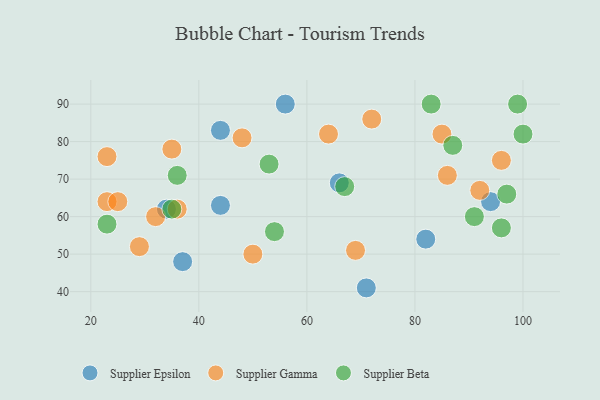
{"axis": {"x": "GDP", "y": "Life Expectancy"}, "legend": ["Supplier Beta", "Supplier Epsilon", "Supplier Gamma"], "data": [{"x": "44", "y": 63, "type": "Supplier Epsilon"}, {"x": "82", "y": 54, "type": "Supplier Epsilon"}, {"x": "37", "y": 48, "type": "Supplier Epsilon"}, {"x": "66", "y": 69, "type": "Supplier Epsilon"}, {"x": "94", "y": 64, "type": "Supplier Epsilon"}, {"x": "34", "y": 62, "type": "Supplier Epsilon"}, {"x": "44", "y": 83, "type": "Supplier Epsilon"}, {"x": "71", "y": 41, "type": "Supplier Epsilon"}, {"x": "56", "y": 90, "type": "Supplier Epsilon"}, {"x": "50", "y": 50, "type": "Supplier Gamma"}, {"x": "29", "y": 52, "type": "Supplier Gamma"}, {"x": "69", "y": 51, "type": "Supplier Gamma"}, {"x": "35", "y": 78, "type": "Supplier Gamma"}, {"x": "23", "y": 64, "type": "Supplier Gamma"}, {"x": "92", "y": 67, "type": "Supplier Gamma"}, {"x": "85", "y": 82, "type": "Supplier Gamma"}, {"x": "23", "y": 76, "type": "Supplier Gamma"}, {"x": "25", "y": 64, "type": "Supplier Gamma"}, {"x": "86", "y": 71, "type": "Supplier Gamma"}, {"x": "48", "y": 81, "type": "Supplier Gamma"}, {"x": "64", "y": 82, "type": "Supplier Gamma"}, {"x": "36", "y": 62, "type": "Supplier Gamma"}, {"x": "96", "y": 75, "type": "Supplier Gamma"}, {"x": "32", "y": 60, "type": "Supplier Gamma"}, {"x": "72", "y": 86, "type": "Supplier Gamma"}, {"x": "100", "y": 82, "type": "Supplier Beta"}, {"x": "35", "y": 62, "type": "Supplier Beta"}, {"x": "67", "y": 68, "type": "Supplier Beta"}, {"x": "91", "y": 60, "type": "Supplier Beta"}, {"x": "97", "y": 66, "type": "Supplier Beta"}, {"x": "99", "y": 90, "type": "Supplier Beta"}, {"x": "53", "y": 74, "type": "Supplier Beta"}, {"x": "23", "y": 58, "type": "Supplier Beta"}, {"x": "36", "y": 71, "type": "Supplier Beta"}, {"x": "54", "y": 56, "type": "Supplier Beta"}, {"x": "87", "y": 79, "type": "Supplier Beta"}, {"x": "83", "y": 90, "type": "Supplier Beta"}, {"x": "96", "y": 57, "type": "Supplier Beta"}]}